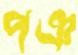
পঞ